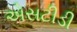
એસટીડી